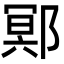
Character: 鄍